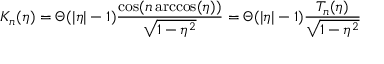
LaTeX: K _ { n } ( \eta ) = \Theta ( | \eta | - 1 ) \frac { \cos ( n \operatorname { a r c c o s } ( \eta ) ) } { \sqrt { 1 - \eta ^ { 2 } } } = \Theta ( | \eta | - 1 ) \frac { T _ { n } ( \eta ) } { \sqrt { 1 - \eta ^ { 2 } } }